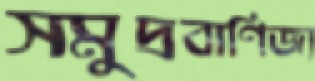
সমুদ্রবাণিজ্য